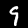
Label: 9